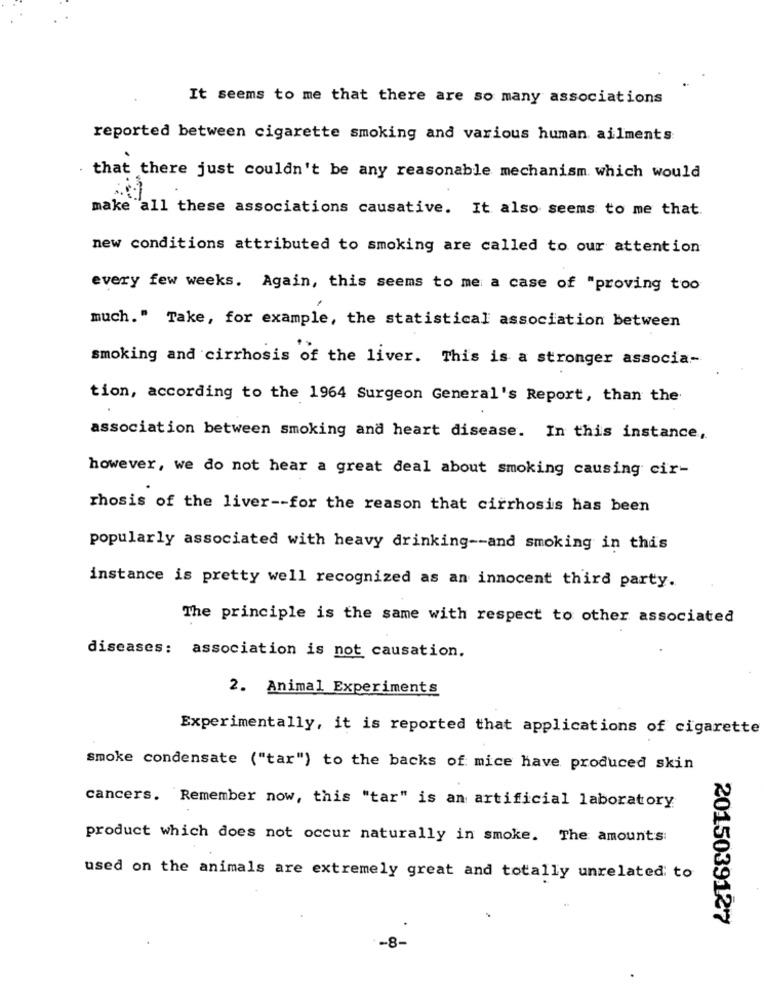
It seems to me that there are so many associations
reported between cigarette smoking and various human ailments
that there just couldn't be any reasonable mechanism which would
make all these associations causative. It also seems to me that.
new conditions attributed to smoking are called to our attention
every few weeks. Again, this seems to me a case of "proving too
much." Take, for example, the statistical association between
smoking and cirrhosis of the liver. This is a stronger associa-
tion, according to the 1964 Surgeon General's Report, than the
association between smoking and heart disease. In this instance,
however, we do not hear a great deal about smoking causing cir-
rhosis of the liver -- for the reason that cirrhosis has been
popularly associated with heavy drinking -- and smoking in this
instance is pretty well recognized as an innocent third party.
The principle is the same with respect to other associated
diseases: association is not causation.
2. Animal Experiments
Experimentally, it is reported that applications of cigarette
smoke condensate ("tar") to the backs of mice have produced skin
cancers. Remember now, this "tar" is an artificial laboratory
product which does not occur naturally in smoke. The amounts:
used on the animals are extremely great and totally unrelated to
2015039127
-8-